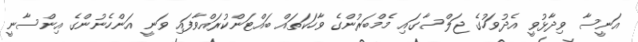
އަނީސާ ވިދާޅުވީ އެދުވަހުގެ ޖަލްސާގައި މެމްބަރުންގެ ވާހަކަތައް ބައްޓަންކުރައްވާފައި ވަނީ އަންހެނުންގެ އިންސާނީ